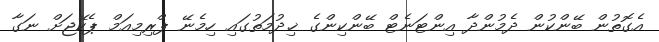
އެގޮތުން ބޭންކުން ދެމުންދާ އިންޓަނެޓް ބޭންކިންގެ ޚިދުމަތުގައި ހިމެނޭ ޕްރިމިއަމް ޕެކޭޖަށް ނަގާ